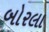
બોરલા